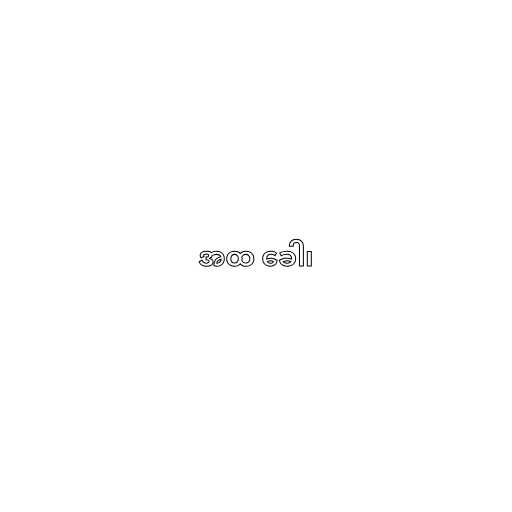
အထ ခေါ၊